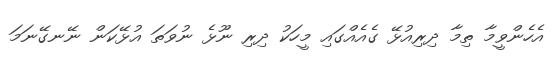
އެހެންވީމާ ތިމާ ދިރިއުޅޭ ގެއެއްގައި މީހަކު ދިރި ނޫޅެ ނުވަތަ އުޅޭކަން ނޭނގޭނަމަ